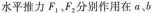
水平推力F_{1}、F_{2}别作用在a、b